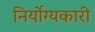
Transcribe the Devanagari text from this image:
निर्योग्यकारी